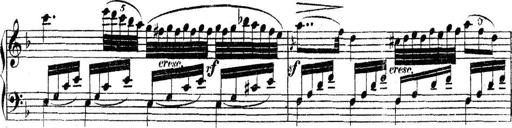
Title: Collected Piano Sonatas
Composer: Muzio Clementi